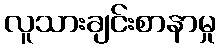
လူသားချင်းစာနာမှု